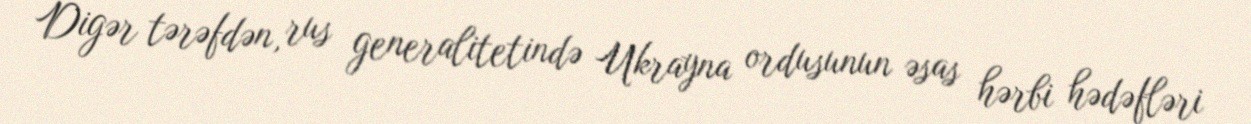
Digər tərəfdən, rus generalitetində Ukrayna ordusunun əsas hərbi hədəfləri